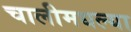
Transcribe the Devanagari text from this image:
चालीमधल्या